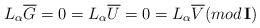
LaTeX: \begin{align*}L_\alpha \overline{G} = 0 =L_\alpha\overline{U} = 0 = L_\alpha \overline{V} (mod\, {\bf I}) \end{align*}